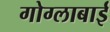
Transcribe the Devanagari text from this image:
गोग्लाबाई